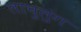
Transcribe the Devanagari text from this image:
लाचुलुंग